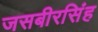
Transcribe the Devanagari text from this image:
जसबीरसिंह